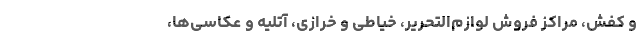
و کفش، مراکز فروش لوازم‌التحریر، خیاطی و خرازی، آتلیه و عکاسی‌ها،